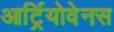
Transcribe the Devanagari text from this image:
आर्ट्रियोवेनस